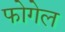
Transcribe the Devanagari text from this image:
फोगेल